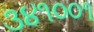
૩૪૧૦૦૧